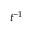
t ^ { - 1 }